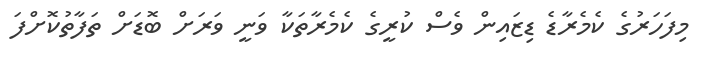
މިފަހަރުގެ ކެމެރާޑެ ޑިޒައިން ވެސް ކުރީގެ ކެމެރާތަކާ ވަނީ ވަރަށް ބޮޑަށް ތަފާތުކޮށްފަ